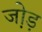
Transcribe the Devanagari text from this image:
जो़ड़